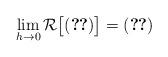
LaTeX: \begin{align*}\lim_{h\to 0} \mathcal R\bigl[\eqref{ah duh}\bigr]=\eqref{duhamel 1} \end{align*}